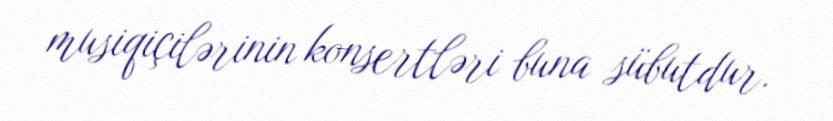
musiqiçilərinin konsertləri buna sübutdur.